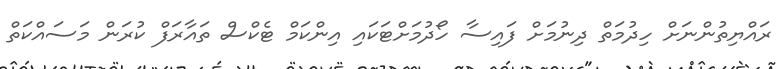
ރައްޔިތުންނަށް ހިދުމަތް ދިނުމަށް ފައިސާ ހޯދުމަށްޓަކައި އިންކަމް ޓެކްސް ތައާރަފް ކުރަން މަސައްކަތް